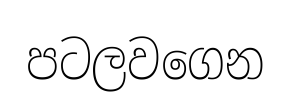
පටලවගෙන